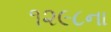
૧૨૯૮ના